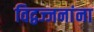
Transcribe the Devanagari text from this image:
विद्वज्जनांना